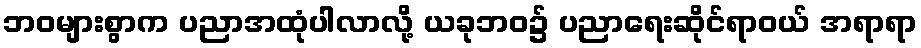
ဘဝများစွာက ပညာအထုံပါလာလို့ ယခုဘဝ၌ ပညာရေးဆိုင်ရာဝယ် အရာရာ